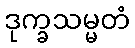
ဒုက္ခသမ္မတံ